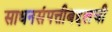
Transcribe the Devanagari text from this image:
साधनसंपत्तीबद्दलची